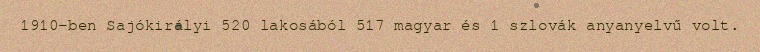
1910-ben Sajókirályi 520 lakosából 517 magyar és 1 szlovák anyanyelvű volt.